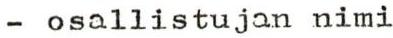
- osallistujan nimi